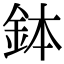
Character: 鉢